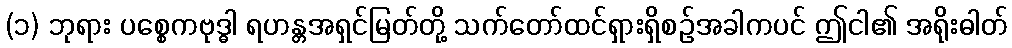
(၁) ဘုရား ပစ္စေကဗုဒ္ဓါ ရဟန္တအရှင်မြတ်တို့ သက်တော်ထင်ရှားရှိစဉ်အခါကပင် ဤငါ၏ အရိုးဓါတ်